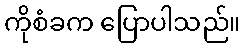
ကိုစံခက ပြောပါသည်။